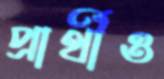
প্রার্থীও